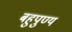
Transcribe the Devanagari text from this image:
बहुपुण्य